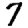
Digit: 7